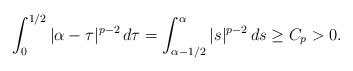
LaTeX: \begin{align*}\int_{0}^{1/2}|\alpha-\tau|^{p-2}\,d\tau= \int_{\alpha-1/2}^{\alpha}|s|^{p-2}\,ds\geq C_p>0.\end{align*}